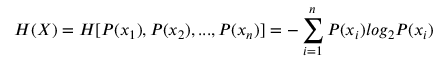
H ( X ) = H [ P ( x _ { 1 } ) , P ( x _ { 2 } ) , . . . , P ( x _ { n } ) ] = - \sum _ { i = 1 } ^ { n } P ( x _ { i } ) l o g _ { 2 } P ( x _ { i } )